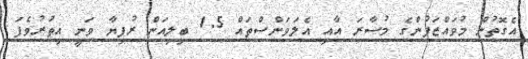
އެގޮތުން މުވައްޒަފުންގެ މުސާރަ އާއި އެލަވަންސްތައް 1.5 ބިލިއަން ރުފިޔާ ވަނީ އިތުރުވެފަ